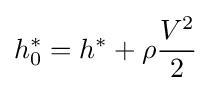
h_{0}^{*}=h^{*}+\rho {\frac {V^{2}}{2}}